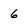
Character: 6